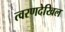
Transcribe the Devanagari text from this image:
त्वरणदेखिल